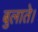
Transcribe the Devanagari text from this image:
बुलाते।